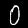
Label: 0